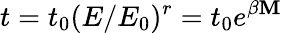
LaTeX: t=t_{0}(E/E_{0})^{r}=t_{0}e^{\beta\mathbf{M}}